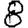
Digit: 8